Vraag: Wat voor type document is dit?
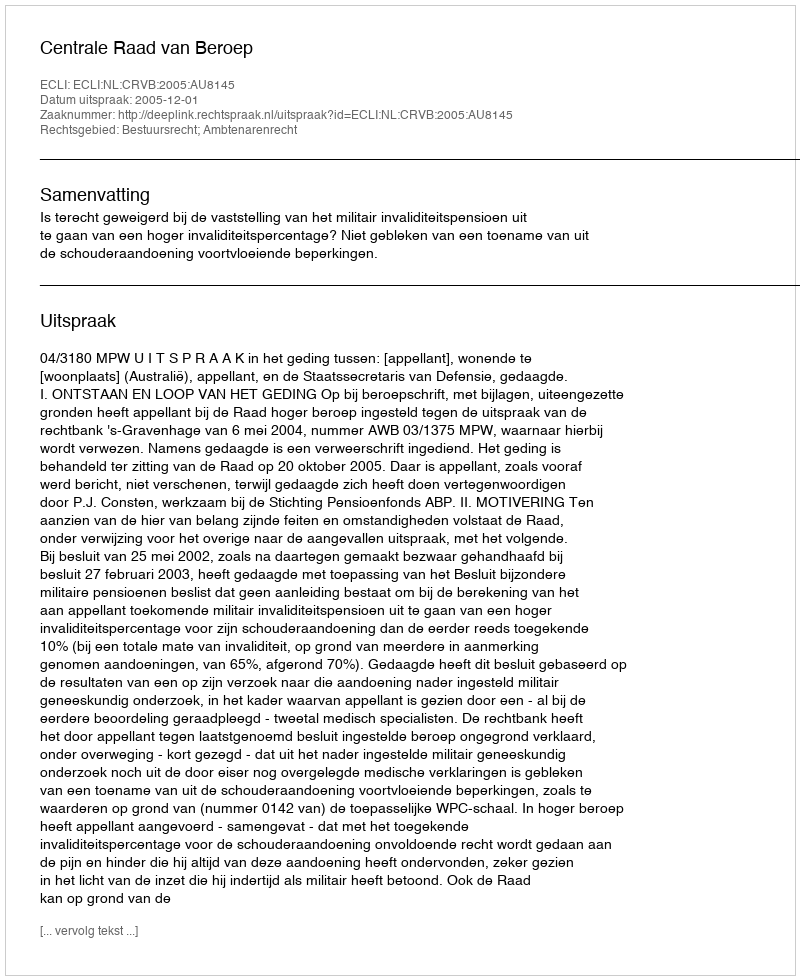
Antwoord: Uitspraak